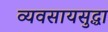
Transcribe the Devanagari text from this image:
व्यवसायसुद्धा